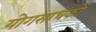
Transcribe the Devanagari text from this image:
योगसाधकों